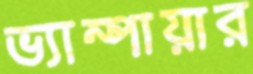
ভ্যাম্পায়ার